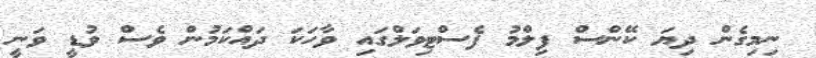
ނިމިގެން ދިޔަ ކޭންސް ފިލްމު ފެސްޓިވަލްގައި ވާހަކަ ދައްކަމުން ވެސް ވުޑީ ވަނީ